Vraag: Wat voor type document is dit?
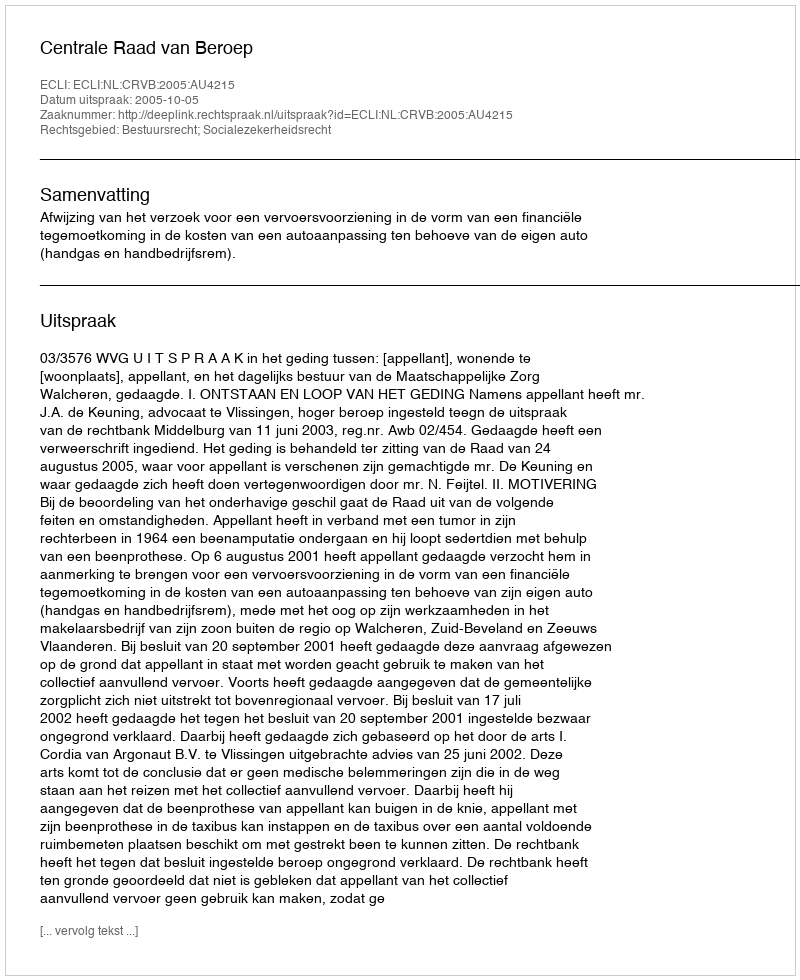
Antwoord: Uitspraak